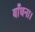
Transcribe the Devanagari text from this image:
बाँधना।